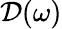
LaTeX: \mathcal{D}(\omega)